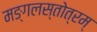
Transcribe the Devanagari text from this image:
मङ्गलस्तोत्रम्